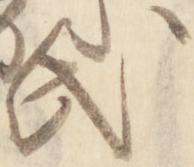
氏